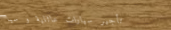
تأجير سيارات عائلية و سيا